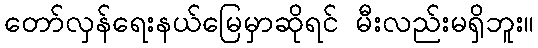
တော်လှန်ရေးနယ်မြေမှာဆိုရင် မီးလည်းမရှိဘူး။